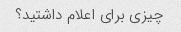
چیزی برای اعلام داشتید؟